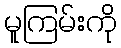
မူကြမ်းကို